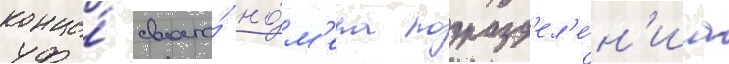
конце́ своего́ но́м'ера подразд'ел'е́н'иа